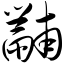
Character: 黼